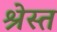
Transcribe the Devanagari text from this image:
श्रेस्त